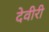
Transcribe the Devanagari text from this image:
देवीरी